Vaccination in Bombay 1902-1912 - 1902-1912
Year: 1902
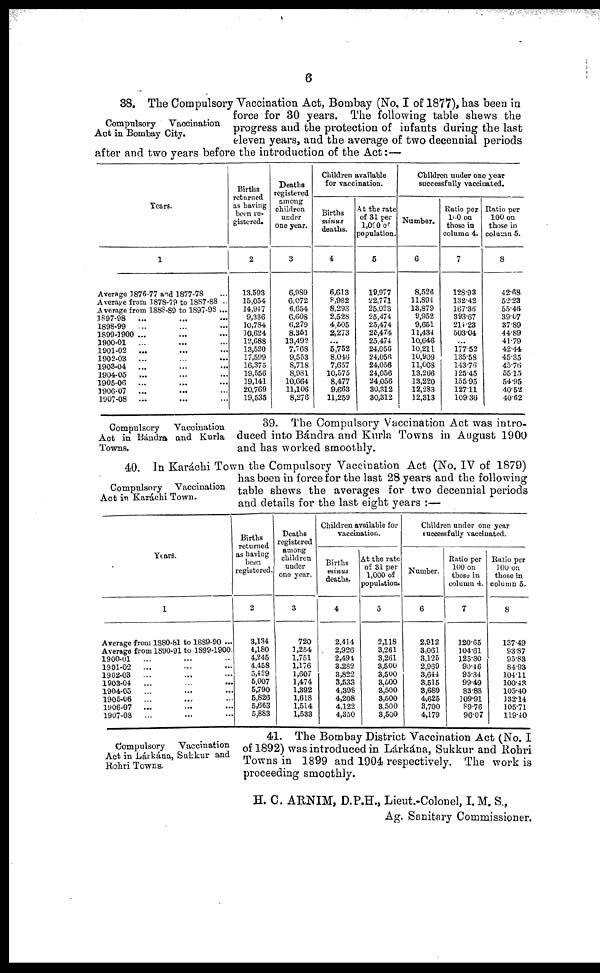
6
Compulsory Vaccination
Act in Bombay City.
38. The Compulsory Vaccination Act, Bombay (No. I of 1877), has been in
force for 30 years. The following table shews the
progress and the protection of infants during the last
eleven years, and the average of two decennial periods
after and two years before the introduction of the Act:—
Years.
1
Average 1876-77 and 1877-78 ...
Average from 1878-79 to 1887-88 ...
Average from 1888-89 to 1897-98 ...
1897-98 ... ... ...
1898-99 ... ... ...
1899-1900 ... ... ...
1900-01 ... ... ...
1901-02
... ... ...
1902-03 ... ... ...
1903-04 ... ... ...
1904-05 ... ... ...
1905-06
... ... ...
1906-07 ... ... ...
1907-08 ... ... ...
Births
returned
as having
been re-
gistered.
2
13,593
15,054
14,947
9,336
10,784
10,624
12,688
13,520
17,599
16,375
19,556
19,141
20,769
19,535
Deaths
registered
among
children
under
one year.
3
6,980
6,072
6,654
6,608
6,279
8,351
13,492
7,768
9,553
8,718
8,981
10,664
11,106
8,276
Children available
for vaccination.
Births
minus
deaths.
4
6,613
8,982
8,293
2,528
4,505
2,273
...
5,752
8,046
7,657
10,575
8,477
9,663
11,259
At the rate
of 31 per
1,000 of
population.
5
19,977
22,771
25,023
25,474
25,474
25,474
25,474
24,056
24,056
24,056
24,056
24,056
30,312
30,312
Children under one year
successfully vaccinated.
Number.
6
8,526
11,894
13,879
9,952
9,651
11,434
10,646
10,211
10,909
11,008
13,266
13,220
12,283
12,313
Ratio per
100 on
those in
column 4.
7
128.93
132.42
167.36
393.67
214.23
503.04
...
177.52
135.58
143.76
125.45
155.95
127.11
109.36
Ratio per
100 on
those in
column 5.
8
42.68
52.23
55.46
39.07
37.89
44.89
41.79
42.44
45.35
45.76
55.15
54.95
40.52
40.62
Compulsory
Vaccination
Act in Bándra and Kurla
Towns.
39. The Compulsory Vaccination Act was intro-
duced into Bándra and Kurla Towns in August 1900
and has worked smoothly.
Compulsory Vaccination
Act in Karáchi Town.
40. In Karáchi Town the Compulsory Vaccination Act (No. IV of 1879)
has been in force for the last 28 years and the following
table shews the averages for two decennial periods
and details for the last eight years :—
Years.
1
Average from 1880-81 to 1889-90 ...
Average from 1890-91 to 1899-1900.
1900-01
... ... ...
1901-02
... ... ...
1902-03
... ... ...
1903-04 ... ... ...
1904-05
... ... ...
1905-06 ... ... ...
1906-07
... ... ...
1907-08
... ... ...
Births
returned
as having
been
registered.
2
3,134
4,180
4,245
4,458
5,429
5,007
5,790
5,826
5,663
5,883
Deaths
registered
among
children
under
one year.
3
720
1,254
1,751
1,176
1,607
1,474
1,392
1,618
1,514
1,533
Children available for
vaccination.
Births
minus
deaths.
4
2,414
2,926
2,494
3,282
3,822
3,533
4,398
4,208
4,122
4,350
At the rate
of 31 per
1,000 of
population.
5
2,118
3,261
3,261
3,500
3,500
3,500
3,500
3,500
3,500
3,500
Children under one year
successfully vaccinated.
Number.
6
2,912
3,061
3,125
2,969
3,644
3,515
3,689
4,625
3,700
4,179
Ratio per
100 on
those in
column 4.
7
120.65
104.61
125.30
90.46
95.34
99.49
83.88
109.91
89.76
96.07
Ratio per
100 on
those in
column 5.
8
137.49
93.87
95.83
84.93
104.11
100.43
105.40
132.14
105.71
119.40
Compulsory Vaccination
Act in Lárkána, Sukkur and
Rohri Towns.
41. The Bombay District Vaccination Act (No. I
of 1892) was introduced in Lárkána, Sukkur and Rohri
Towns in 1899 and 1904 respectively. The work is
proceeding smoothly.
H. C. ARNIM, D.P.H., Lieut.-Colonel, I.M. S.,
Ag. Sanitary Commissioner.